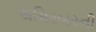
થમિરબરની